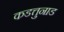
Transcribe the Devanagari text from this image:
कडत्तुनाड